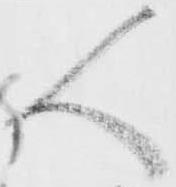
人